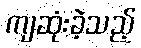
ကျဆုံးခဲ့သည့်